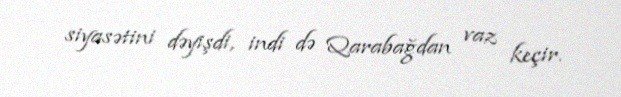
siyasətini dəyişdi, indi də Qarabağdan vaz keçir.